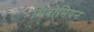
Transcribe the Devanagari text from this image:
मिबोमियन